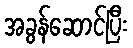
အခွန်ဆောင်ပြီး